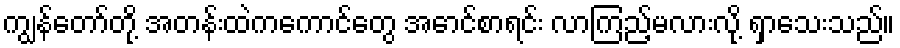
ကျွန်တော်တို့ အတန်းထဲကကောင်တွေ အောင်စာရင်း လာကြည့်မလားလို့ ရှာသေးသည်။